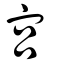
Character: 宮